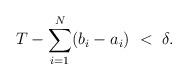
LaTeX: \begin{align*}T-\sum_{i=1}^N(b_i-a_i) ~<~\delta.\end{align*}